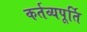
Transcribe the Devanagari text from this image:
कर्तव्यपूर्ति